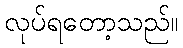
လုပ်ရတော့သည်။